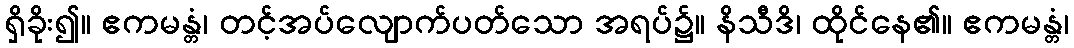
ရှိခိုး၍။ ဧကမန္တံ၊ တင့်အပ်လျောက်ပတ်သော အရပ်၌။ နိသီဒိ၊ ထိုင်နေ၏။ ဧကမန္တံ၊